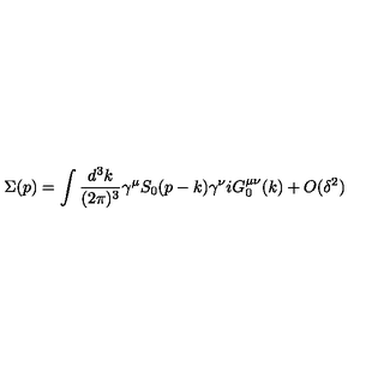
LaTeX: \Sigma ( p ) = \int { \frac { d ^ { 3 } k } { ( 2 \pi ) ^ { 3 } } } \gamma ^ { \mu } S _ { 0 } ( p - k ) \gamma ^ { \nu } i G _ { 0 } ^ { \mu \nu } ( k ) + O ( \delta ^ { 2 } )